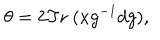
LaTeX: \theta = 2 \mathrm { T r } ~ ( x g ^ { - 1 } d g ) ,